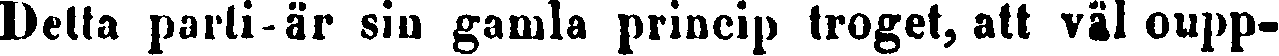
Detta parti-är sin gamla princip troget, att väl oupp-